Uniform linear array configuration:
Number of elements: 24
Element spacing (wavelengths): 1
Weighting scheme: cosine
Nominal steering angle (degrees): -15
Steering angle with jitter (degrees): -13.24
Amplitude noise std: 0.05
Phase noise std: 0.05

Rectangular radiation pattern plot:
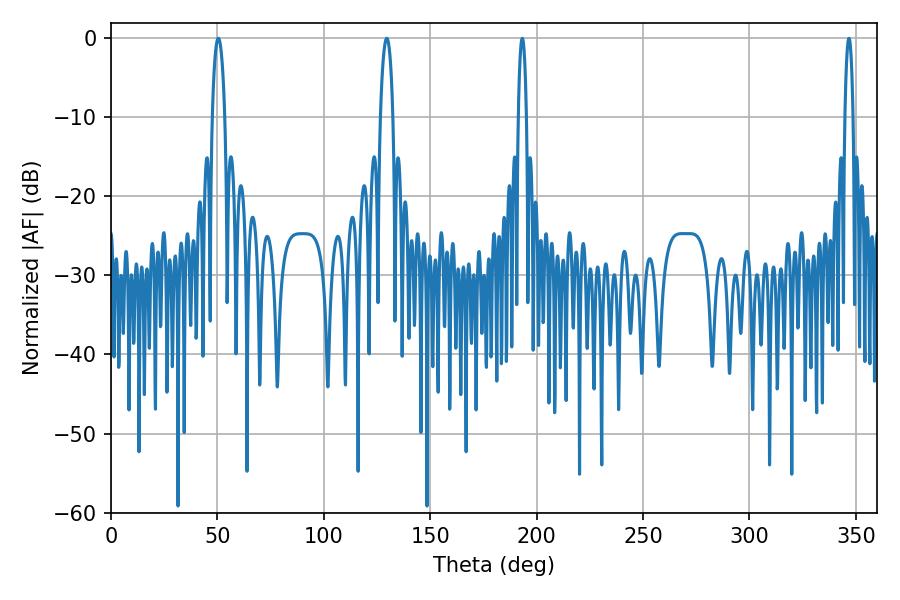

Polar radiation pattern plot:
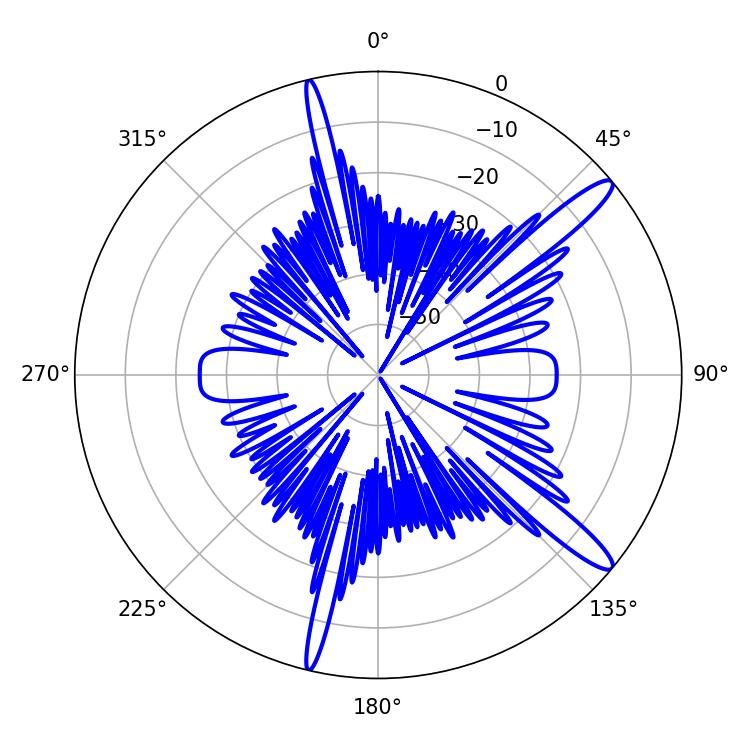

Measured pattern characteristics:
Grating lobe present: TRUE
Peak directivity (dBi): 13.918
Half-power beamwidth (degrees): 3.24
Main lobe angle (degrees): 50.4